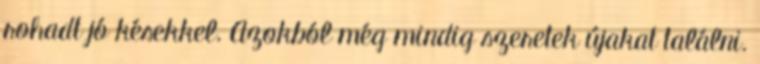
rohadt jó késekkel. Azokból még mindig szeretek újakat találni.